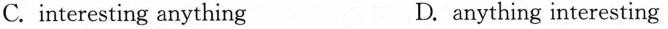
C.interesting anything D. anything interesting